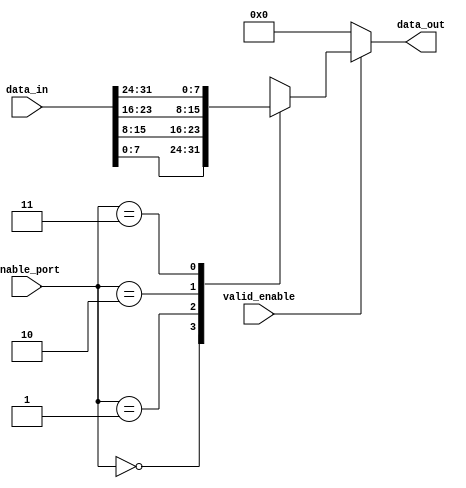
/** @module : mux_bus
 *  @author : Adaptive & Secure Computing Systems (ASCS) Laboratory

 *  Copyright (c) 2018 BRISC-V (ASCS/ECE/BU)
 *  Permission is hereby granted, free of charge, to any person obtaining a copy
 *  of this software and associated documentation files (the "Software"), to deal
 *  in the Software without restriction, including without limitation the rights
 *  to use, copy, modify, merge, publish, distribute, sublicense, and/or sell
 *  copies of the Software, and to permit persons to whom the Software is
 *  furnished to do so, subject to the following conditions:
 *  The above copyright notice and this permission notice shall be included in
 *  all copies or substantial portions of the Software.

 *  THE SOFTWARE IS PROVIDED "AS IS", WITHOUT WARRANTY OF ANY KIND, EXPRESS OR
 *  IMPLIED, INCLUDING BUT NOT LIMITED TO THE WARRANTIES OF MERCHANTABILITY,
 *  FITNESS FOR A PARTICULAR PURPOSE AND NONINFRINGEMENT. IN NO EVENT SHALL THE
 *  AUTHORS OR COPYRIGHT HOLDERS BE LIABLE FOR ANY CLAIM, DAMAGES OR OTHER
 *  LIABILITY, WHETHER IN AN ACTION OF CONTRACT, TORT OR OTHERWISE, ARISING FROM,
 *  OUT OF OR IN CONNECTION WITH THE SOFTWARE OR THE USE OR OTHER DEALINGS IN
 *  THE SOFTWARE.
 */

module mux_bus #(
parameter WIDTH      = 8,
          NUM_PORTS  = 4
)(
input [WIDTH*NUM_PORTS-1 : 0] data_in,
input [log2(NUM_PORTS)-1 : 0] enable_port,
input valid_enable,
output [WIDTH-1 : 0] data_out
);

//Define the log2 function
function integer log2;
input integer value;
begin
  value = value-1;
  for(log2=0; value>0; log2=log2+1)
    value = value>>1;
  end
endfunction

genvar i;
wire [WIDTH-1 : 0] inputs [NUM_PORTS-1 : 0];

generate
  for(i=0; i<NUM_PORTS; i=i+1)begin: INPUT
    assign inputs[i] = data_in[i*WIDTH +: WIDTH];
  end
endgenerate

assign data_out = valid_enable ? inputs[enable_port] : 0;

endmodule